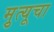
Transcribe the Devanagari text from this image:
मृुत्यूचा